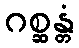
ဂစ္ဆန္တံ